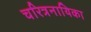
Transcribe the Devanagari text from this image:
चरित्रनायिका